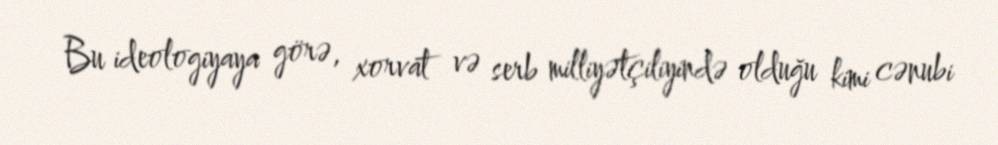
Bu ideologiyaya görə, xorvat və serb milliyətçiliyində olduğu kimi cənubi